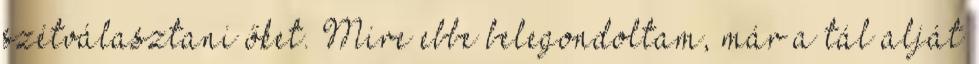
szétválasztani őket. Mire ebbe belegondoltam, már a tál alját